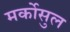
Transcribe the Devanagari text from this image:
मर्कोसुल